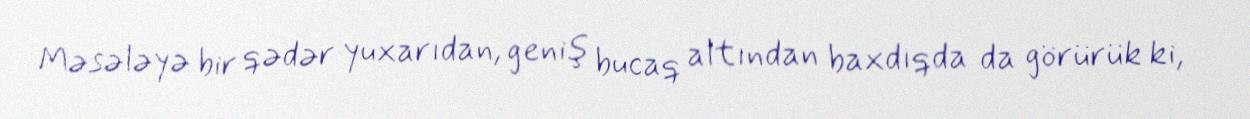
Məsələyə bir qədər yuxarıdan, geniş bucaq altından baxdıqda da görürük ki,